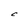
Character: C